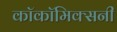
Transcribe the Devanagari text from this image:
काॅकॉमिक्सनी